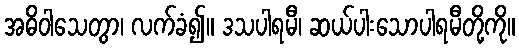
အဓိဝါသေတွာ၊ လက်ခံ၍။ ဒသပါရမီ၊ ဆယ်ပါးသောပါရမီတို့ကို။